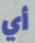
أي